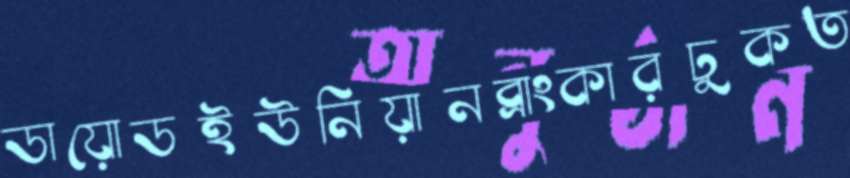
ডায়োডইউনিয়ানব্রাংকারঢুকত